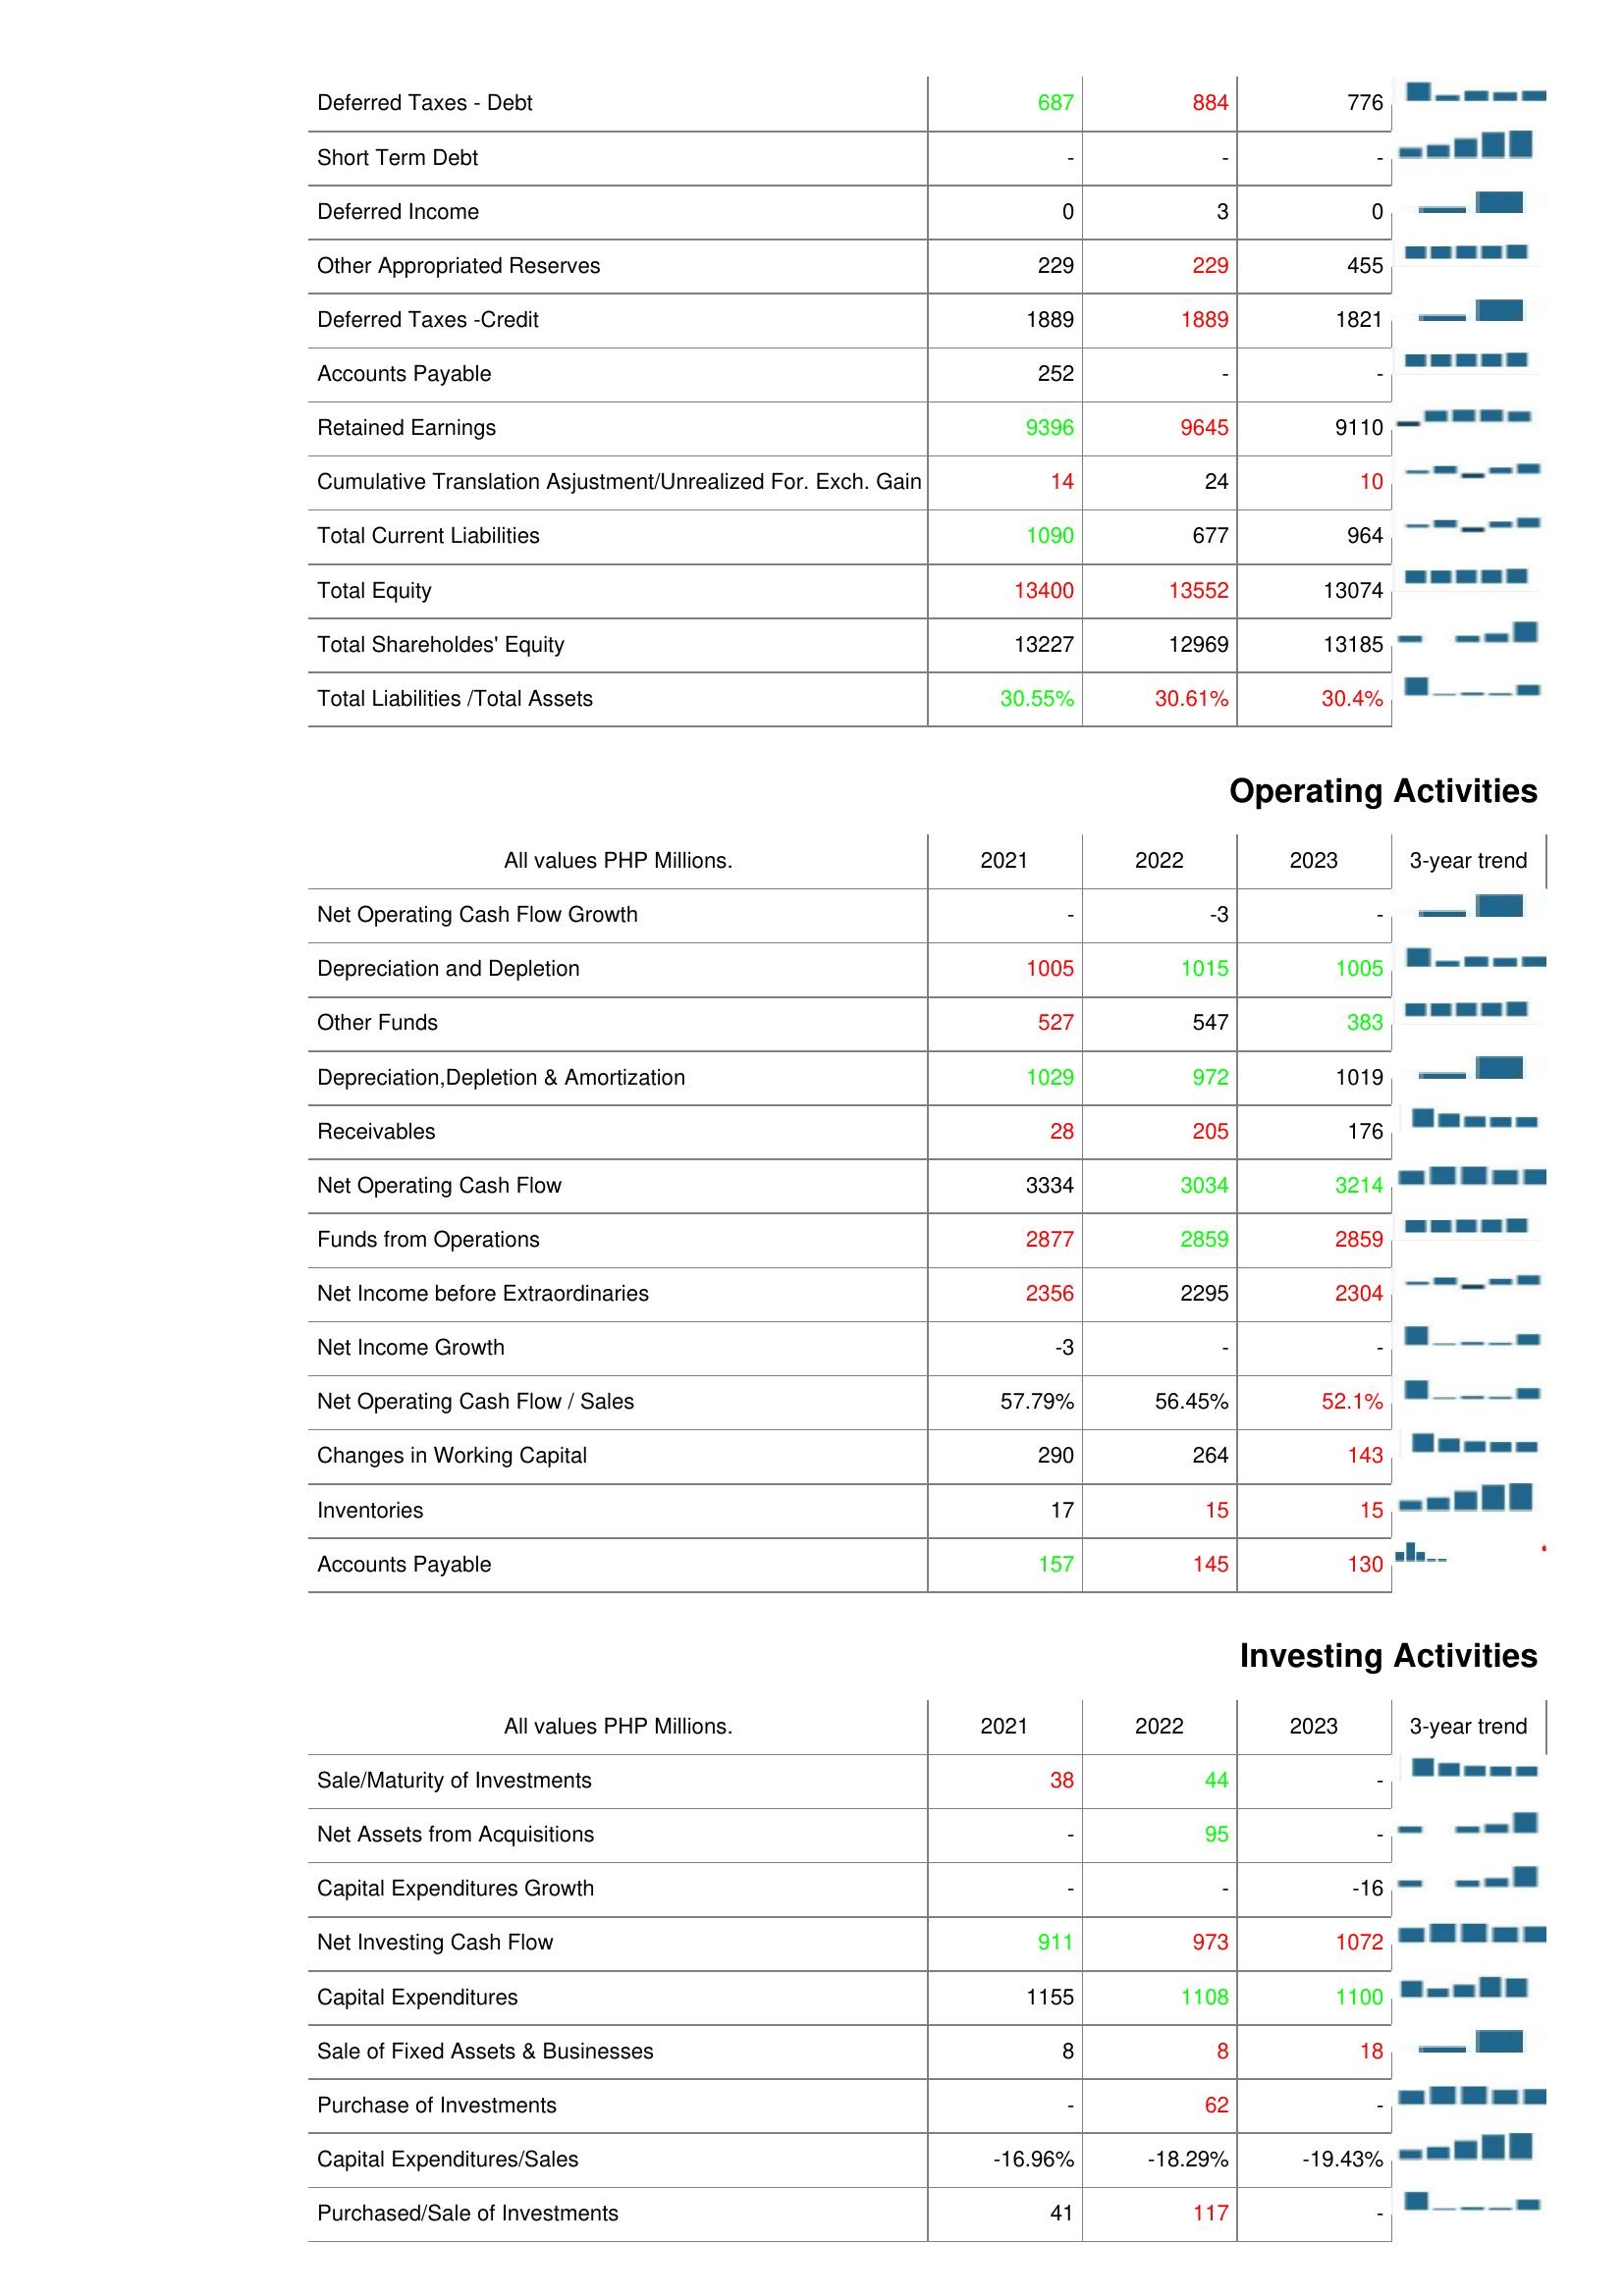
2021: Liabilities & Shareholder's Equity: Deferred Taxes - Debt: 687
Short Term Debt: -
Deferred Income: 0
Other Appropriated Reserves: 229
Deferred Taxes -Credit: 1889
Accounts Payable: 252
Retained Earnings: 9396
Cumulative Translation Asjustment/Unrealized For. Exch. Gain: 14
Total Current Liabilities: 1090
Total Equity: 13400
Total Shareholdes' Equity: 13227
Total Liabilities /Total Assets: 30.55%
Operating Activities: Net Operating Cash Flow Growth: -
Depreciation and Depletion: 1005
Other Funds: 527
Depreciation,Depletion & Amortization: 1029
Receivables: 28
Net Operating Cash Flow: 3334
Funds from Operations: 2877
Net Income before Extraordinaries: 2356
Net Income Growth: -3
Net Operating Cash Flow / Sales: 57.79%
Changes in Working Capital: 290
Inventories: 17
Accounts Payable: 157
Investing Activities: Sale/Maturity of Investments: 38
Net Assets from Acquisitions: -
Capital Expenditures Growth: -
Net Investing Cash Flow: 911
Capital Expenditures: 1155
Sale of Fixed Assets & Businesses: 8
Purchase of Investments: -
Capital Expenditures/Sales: -16.96%
Purchased/Sale of Investments: 41
2022: Liabilities & Shareholder's Equity: Deferred Taxes - Debt: 884
Short Term Debt: -
Deferred Income: 3
Other Appropriated Reserves: 229
Deferred Taxes -Credit: 1889
Accounts Payable: -
Retained Earnings: 9645
Cumulative Translation Asjustment/Unrealized For. Exch. Gain: 24
Total Current Liabilities: 677
Total Equity: 13552
Total Shareholdes' Equity: 12969
Total Liabilities /Total Assets: 30.61%
Operating Activities: Net Operating Cash Flow Growth: -3
Depreciation and Depletion: 1015
Other Funds: 547
Depreciation,Depletion & Amortization: 972
Receivables: 205
Net Operating Cash Flow: 3034
Funds from Operations: 2859
Net Income before Extraordinaries: 2295
Net Income Growth: -
Net Operating Cash Flow / Sales: 56.45%
Changes in Working Capital: 264
Inventories: 15
Accounts Payable: 145
Investing Activities: Sale/Maturity of Investments: 44
Net Assets from Acquisitions: 95
Capital Expenditures Growth: -
Net Investing Cash Flow: 973
Capital Expenditures: 1108
Sale of Fixed Assets & Businesses: 8
Purchase of Investments: 62
Capital Expenditures/Sales: -18.29%
Purchased/Sale of Investments: 117
2023: Liabilities & Shareholder's Equity: Deferred Taxes - Debt: 776
Short Term Debt: -
Deferred Income: 0
Other Appropriated Reserves: 455
Deferred Taxes -Credit: 1821
Accounts Payable: -
Retained Earnings: 9110
Cumulative Translation Asjustment/Unrealized For. Exch. Gain: 10
Total Current Liabilities: 964
Total Equity: 13074
Total Shareholdes' Equity: 13185
Total Liabilities /Total Assets: 30.4%
Operating Activities: Net Operating Cash Flow Growth: -
Depreciation and Depletion: 1005
Other Funds: 383
Depreciation,Depletion & Amortization: 1019
Receivables: 176
Net Operating Cash Flow: 3214
Funds from Operations: 2859
Net Income before Extraordinaries: 2304
Net Income Growth: -
Net Operating Cash Flow / Sales: 52.1%
Changes in Working Capital: 143
Inventories: 15
Accounts Payable: 130
Investing Activities: Sale/Maturity of Investments: -
Net Assets from Acquisitions: -
Capital Expenditures Growth: -16
Net Investing Cash Flow: 1072
Capital Expenditures: 1100
Sale of Fixed Assets & Businesses: 18
Purchase of Investments: -
Capital Expenditures/Sales: -19.43%
Purchased/Sale of Investments: -